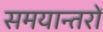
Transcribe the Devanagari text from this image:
समयान्तरों